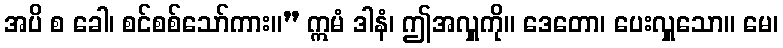
အပိ စ ခေါ၊ စင်စစ်သော်ကား။” ဣမံ ဒါနံ၊ ဤအလှူကို။ ဒေတော၊ ပေးလှူသော။ မေ၊